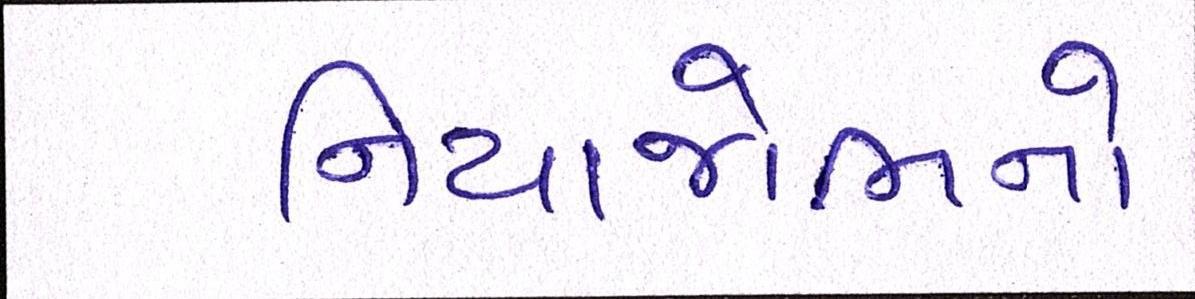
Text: નિયાજોભનો